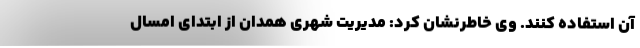
آن استفاده کنند. وی خاطرنشان کرد: مدیریت شهری همدان از ابتدای امسال